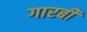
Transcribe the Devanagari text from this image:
गारबी